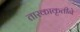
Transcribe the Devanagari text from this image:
तारकाकृतीने